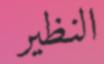
النظير